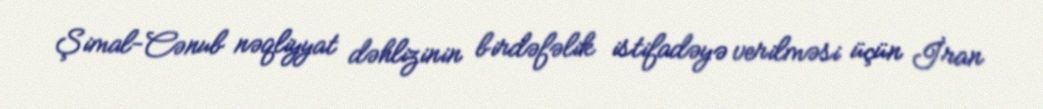
Şimal-Cənub nəqliyyat dəhlizinin birdəfəlik istifadəyə verilməsi üçün İran